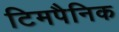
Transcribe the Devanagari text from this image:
टिमपैनिक